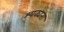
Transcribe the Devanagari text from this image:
श्यक्यता